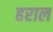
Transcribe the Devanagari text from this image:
हराल